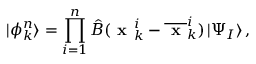
| \phi _ { k } ^ { n } \rangle = \prod _ { i = 1 } ^ { n } \hat { B } ( \textbf { x } _ { k } ^ { i } - \overline { { \textbf { x } } } _ { k } ^ { i } ) \, | \Psi _ { I } \rangle \, ,